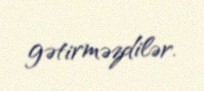
gətirməzdilər.